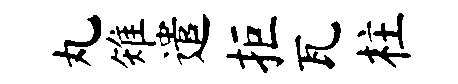
丸雉遣拒瓦柱